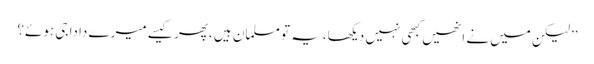
’’لیکن میں نے انھیں کبھی نہیں دیکھا،یہ تو مسلمان ہیں ،پھر کیسے میرے دادا جی ہوئے؟